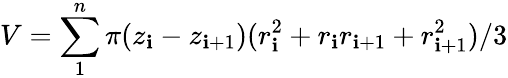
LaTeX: V=\sum_{1}^{n}\pi(z_{\mathbf{i}}-z_{\mathbf{i}+1})(r_{\mathbf{i}}^{2}+r_{\mathbf{i}}r_{\mathbf{i}+1}+r_{\mathbf{i}+1}^{2})/3